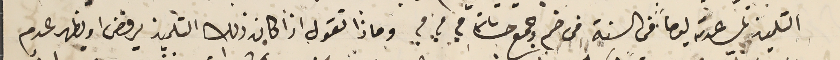
التلميذ لمساعدته يوماً فى السنة فى ضم وجمع حسَاباته ؟ ؟ ؟ وماذا نقول اذا كان ذلك التلميذ يرفض او يظهر عدم